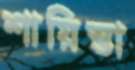
শায়িস্তা